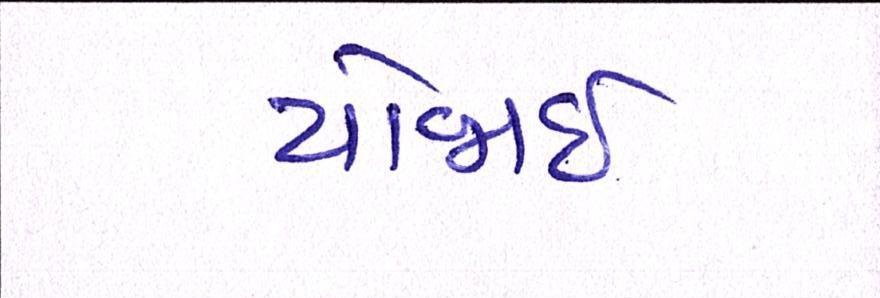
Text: યોજાઈ